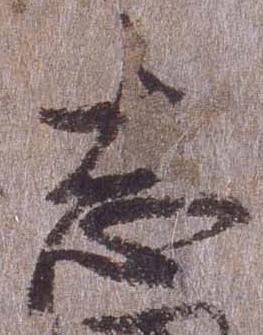
志